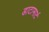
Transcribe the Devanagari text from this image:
डाटामार्ट